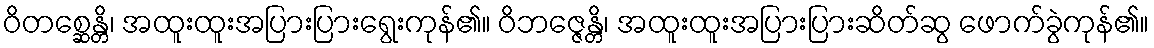
ဝိတစ္ဆေန္တိ၊ အထူးထူးအပြားပြားရွေးကုန်၏။ ဝိဘဇ္ဇေန္တိ၊ အထူးထူးအပြားပြားဆိတ်ဆွ ဖောက်ခွဲကုန်၏။